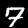
Digit: 7